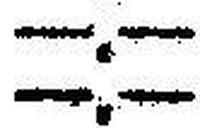
—.—